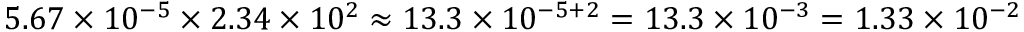
5 . 6 7 \times 1 0 ^ { - 5 } \times 2 . 3 4 \times 1 0 ^ { 2 } \approx 1 3 . 3 \times 1 0 ^ { - 5 + 2 } = 1 3 . 3 \times 1 0 ^ { - 3 } = 1 . 3 3 \times 1 0 ^ { - 2 }